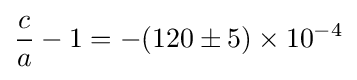
{\frac {c}{a}}-1=-(120\pm 5)\times 10^{-4}